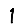
Digit: 1